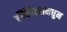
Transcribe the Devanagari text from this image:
हॉस्पिटलमधुन